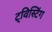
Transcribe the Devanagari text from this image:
ट्विस्टिंग